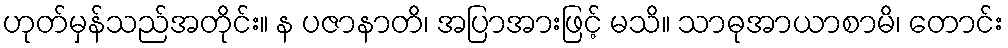
ဟုတ်မှန်သည်အတိုင်း။ န ပဇာနာတိ၊ အပြာအားဖြင့် မသိ။ သာဓုအာယာစာမိ၊ တောင်း